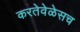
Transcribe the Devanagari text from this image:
करतेवेळेसच